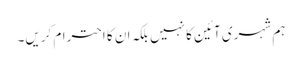
ہم شہری آئین کا نہیں بلکہ ان کا احترام کریں۔